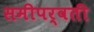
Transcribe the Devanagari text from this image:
समीपर्वती